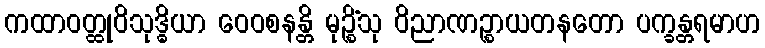
ကထာဝတ္ထုဝိသုဒ္ဓိယာ ဝေဝစနန္တိ မုဉ္စိံသု ဝိညာဏဉ္စာယတနတော ပက္ခန္တရမာဟ